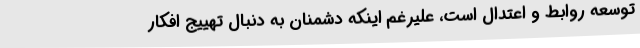
توسعه روابط و اعتدال است، علیرغم اینکه دشمنان به دنبال تهییج افکار